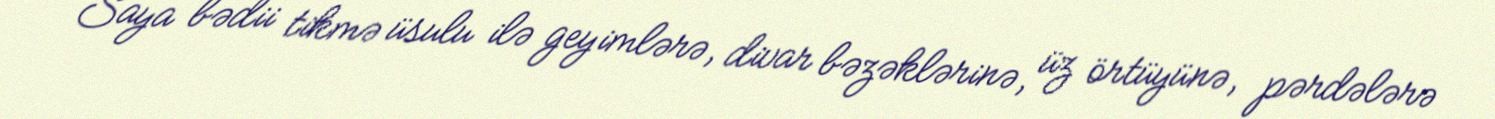
Saya bədii tikmə üsulu ilə geyimlərə, divar bəzəklərinə, üz örtüyünə, pərdələrə